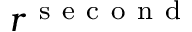
r ^ { \mathrm { ~ s ~ e ~ c ~ o ~ n ~ d ~ } }